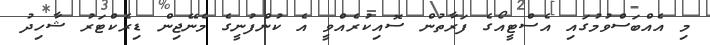
މި އެއްބަސްވުމުގައި އެސްޓީއޯގެ ފަރާތުން ސޮއިކުރެއްވީ އެ ކުންފުނީގެ މެނޭޖިން ޑިރެކްޓަރު ޝާހިދު